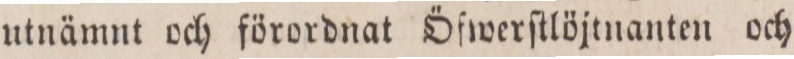
utnämnt och förordnat Öfwerſtlöjtnanten och